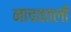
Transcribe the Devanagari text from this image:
नाचवतली